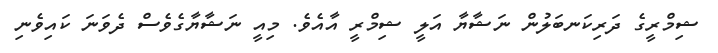
ޝިމްރީގެ ދަރިކަނބަލުން ނަޝާޔާ އަލީ ޝިމްރީ އާއެވެ. މިއީ ނަޝާޔާގެވެސް ދެވަނަ ކައިވެނި